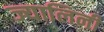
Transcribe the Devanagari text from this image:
ज्यालिनी